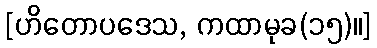
[ဟိတောပဒေသ, ကထာမုခ(၁၅)။]